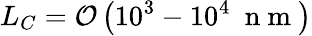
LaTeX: L_{C}=\mathcal{O}\left(10^{3}-10^{4}~\mathrm{{~n~m~}}\right)